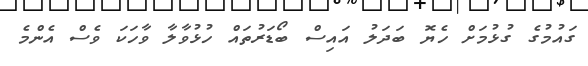
ގައުމުގެ ގުޅުމަށް ހެޔޮ ބަދަލު އައިސް ބޯޑަރުތައް ހުޅުވާލާ ވާހަކަ ވެސް އެންމެ